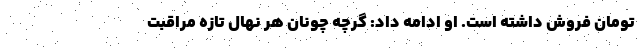
تومان فروش داشته است. او ادامه داد: گرچه چونان هر نهال تازه مراقبت